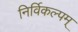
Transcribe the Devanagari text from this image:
निर्विकल्पम्